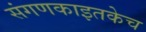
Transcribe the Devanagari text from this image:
संगणकाइतकेच